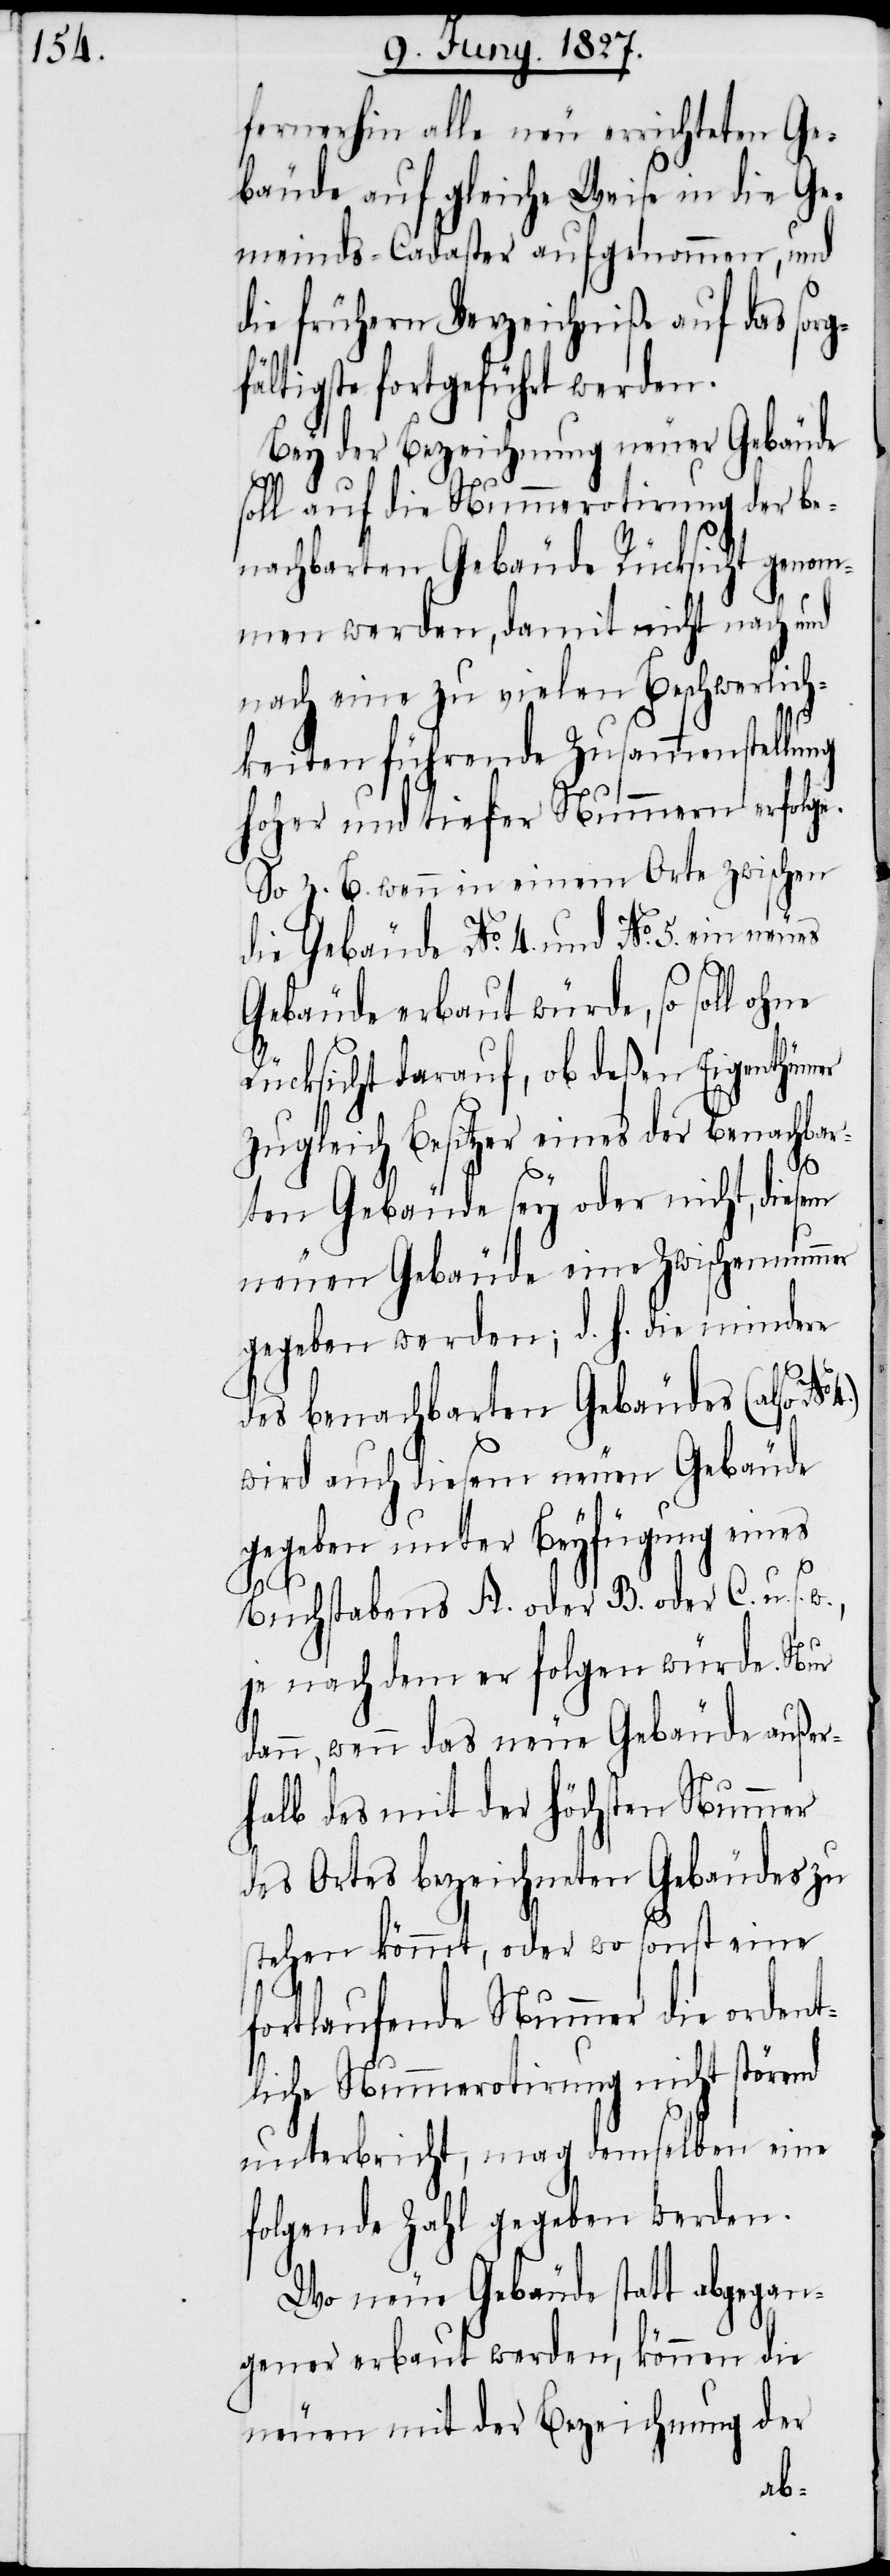
fernerhin alle neu errichteten Ge¬
bäude auf gleiche Weise in die Ge¬
meinds-Cadaster aufgenommen, und
die frühern Verzeichniße auf das sorg¬
fältigste fortgeführt werden.
Bey der Bezeichnung neuer Gebäude
soll auf die Nummerotirung der be¬
nachbarten Gebäude Rücksicht genom¬
men werden, damit nicht nach und
nach eine zu vielen Beschwerlich¬
keiten führende Zusammenstellung
hoher und tiefer Nummern erfolge.
So z. B. wenn in einem Orte zwischen
die Gebäude No. 4. und No. 5. ein neues
Gebäude erbaut würde, so soll o¬
Rücksicht darauf, ob deßen Eigenthümer
zugleich Besitzer eines der benachbar¬
4.)
ten Gebäude sey oder nicht, diesem
neuen Gebäude eine Zwischennummer
gegeben werden, d. h. die mindere
des benachbarten Gebäudes (also No.
wird auch diesem neuen Gebäude
gegeben unter Beyfügung eines
s.
w.,
Buchstabens A. oder B. oder C. u.
je nach dem er folgen würde. Nur
dann, wenn das neue Gebäude außer¬
halb des mit der höchsten Nummer
des Ortes bezeichneten Gebäudes zu
stehen kömmt, oder wo sonst eine
fortlaufende Nummer die ordent¬
liche Nummerotirung nicht störend
unterbricht, mag demselben eine
folgende Zahl gegeben werden.
Wo neue Gebäude statt abgegan¬
gener erbaut werden, können die
neuen mit der Bezeichnung der